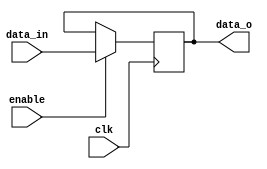
/*
    Author : Auke Dirk Pietersma
    Project: ByteBlast https://github.com/Auke-Dirk/ByteBlast
    Module : register
*/

module register(clk,enable,data_in, data_o);
    input[7:0] data_in; 
    input clk,enable;
    output[7:0] data_o;
    reg[7:0] memory;

    initial begin
        memory = 0;
    end 

    always @(posedge clk)
    begin
            if(enable)
            begin
                memory <= data_in;
            end            
    end
    
    assign data_o = memory;

endmodule